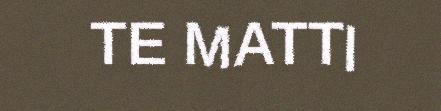
TE MATTI